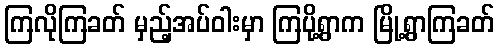
ကြလိုကြခတ် မှည့်အပ်ဝါးမှာ ကြပို့ရွာက မြို့ရွာကြခတ်